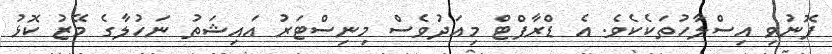
ފޮނުވި އިސްލާހުތަކެކެވެ. އެ ޑްރާފްޓް މިއަދުވެސް މިނިސްޓަރު އައިޝަތު ނަހުލާގެ މޭޒު ކޮޅު